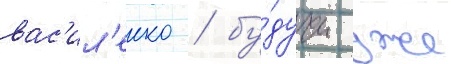
вас'ил'енко / бу́дучи уже